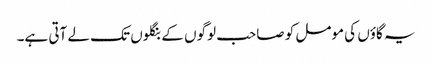
یہ گاؤں کی مومل کو صاحب لوگوں کے بنگلوں تک لے آتی ہے۔